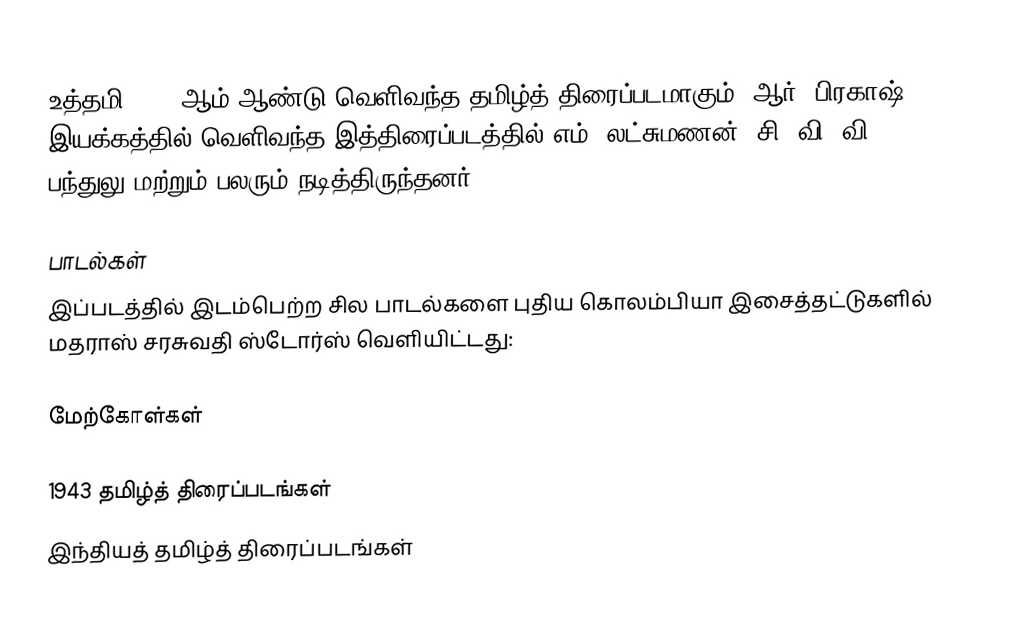
உத்தமி 1943 ஆம் ஆண்டு வெளிவந்த தமிழ்த் திரைப்படமாகும். ஆர். பிரகாஷ் இயக்கத்தில் வெளிவந்த இத்திரைப்படத்தில் எம். லட்சுமணன், சி. வி. வி. பந்துலு மற்றும் பலரும் நடித்திருந்தனர்.

பாடல்கள்
இப்படத்தில் இடம்பெற்ற சில பாடல்களை புதிய கொலம்பியா இசைத்தட்டுகளில் மதராஸ் சரசுவதி ஸ்டோர்ஸ் வெளியிட்டது:

மேற்கோள்கள்

1943 தமிழ்த் திரைப்படங்கள்
இந்தியத் தமிழ்த் திரைப்படங்கள்